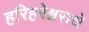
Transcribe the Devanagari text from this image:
हरिहरेश्वराचे